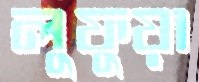
লুফুয়া